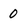
Character: 0